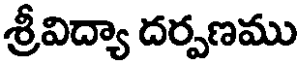
శ్రీవిద్యా దర్పణము